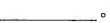
_________。